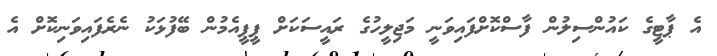
އެ ޕާޓީގެ ކައުންސިލުން ފާސްކޮށްފައިވަނީ މަޖިލީހުގެ ރައީސަކަށް ޕީޕީއެމުން ބޭފުޅަކު ނެރެފައިވަނިކޮށް އެ